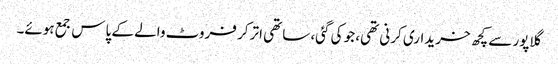
گلاپور سے کچھ خریداری کرنی تھی، جو کی گئی، ساتھی اتر کر فروٹ والے کے پاس جمع ہوئے۔